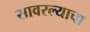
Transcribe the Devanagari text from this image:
सावरल्याचा